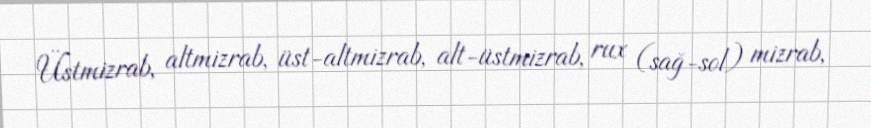
Üstmizrab, altmizrab, üst-altmizrab, alt-üstmizrab, rux (sağ-sol) mizrab,